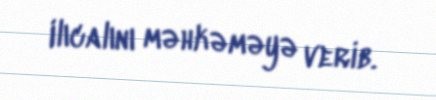
Ilıcalını məhkəməyə verib.